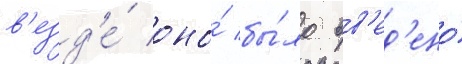
в'езд'е́ оно́ бы́ло вв'ед'ено́